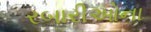
રબારીઓના